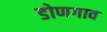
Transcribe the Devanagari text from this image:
डोणगाव